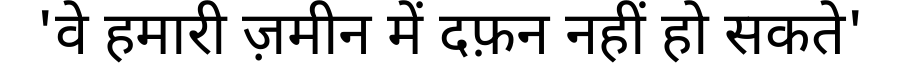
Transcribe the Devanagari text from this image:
'वे हमारी ज़मीन में दफ़न नहीं हो सकते'